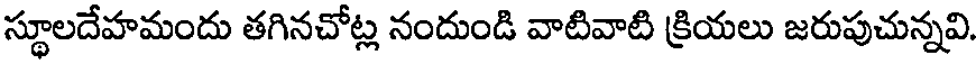
స్థూలదేహమందు తగినచోట్ల నందుండి వాటివాటి క్రియలు జరుపుచున్నవి.